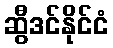
ဆွီဒင်နိုင်ငံ